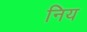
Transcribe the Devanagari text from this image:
निय